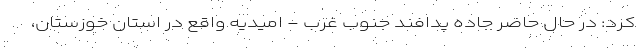
کرد: در حال حاضر جاده پدافند جنوب غرب - امیدیه واقع در استان خوزستان،